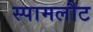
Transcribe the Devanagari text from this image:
स्पामलौट